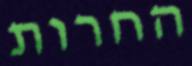
החרות